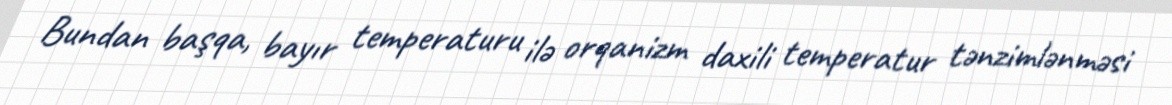
Bundan başqa, bayır temperaturu ilə orqanizm daxili temperatur tənzimlənməsi